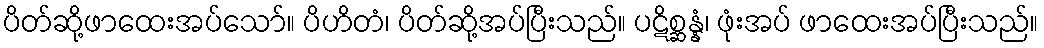
ပိတ်ဆို့ဖာထေးအပ်သော်။ ပိဟိတံ၊ ပိတ်ဆို့အပ်ပြီးသည်။ ပဋိစ္ဆန္နံ၊ ဖုံးအပ် ဖာထေးအပ်ပြီးသည်။